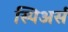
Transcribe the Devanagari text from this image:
स्पिअर्स